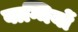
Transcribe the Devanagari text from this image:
वाग्मियों